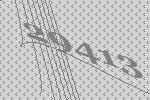
29413